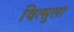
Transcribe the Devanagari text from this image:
वित्सुला